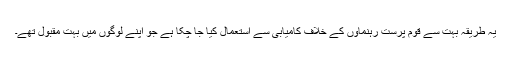
یہ طریقہ بہت سے قوم پرست رہنماؤں کے خلاف کامیابی سے استعمال کیا جا چکا ہے جو اپنے لوگوں میں بہت مقبول تھے۔